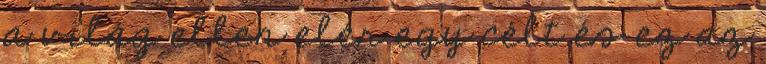
a világ ellen elér egy célt és ez az